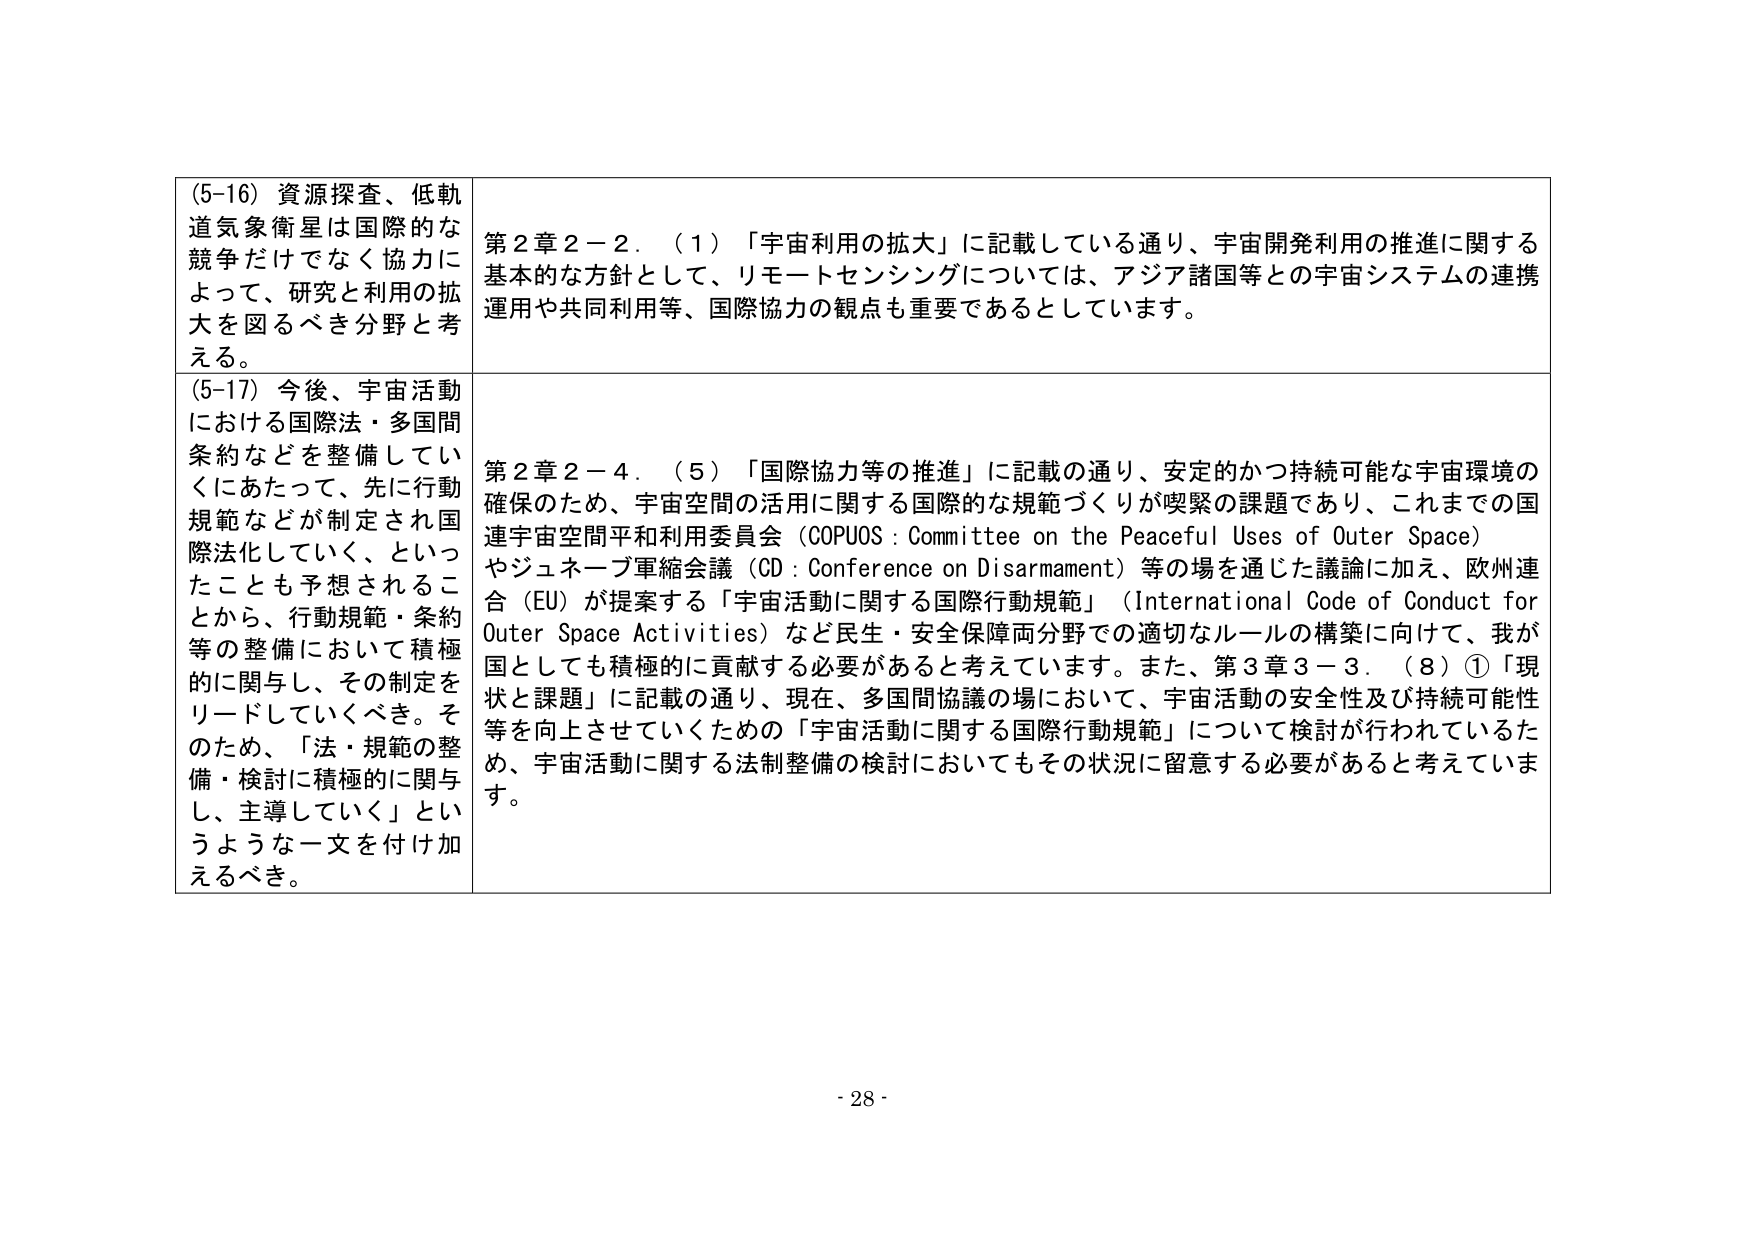
(5-16) 資源探査、低軌道気象衛星は国際的な競争だけでなく協力によって、研究と利用の拡大を図るべき分野と考える。

(5-17) 今後、宇宙活動における国際法・多国間条約などを整備していくにあたって、先に行動規範などが制定され国際法化していく、といったことも予想されることから、行動規範・条約等の整備において積極的に関与し、その制定をリードしていくべき。そのため、「法・規範の整備・検討に積極的に関与し、主導していく」というような一文を付け加えるべき。

第2章2－2．（1）「宇宙利用の拡大」に記載している通り、宇宙開発利用の推進に関する基本的な方針として、リモートセンシングについては、アジア諸国等との宇宙システムの連携運用や共同利用等、国際協力の観点も重要であるとしています。

第2章2－4．（5）「国際協力等の推進」に記載の通り、安定的かつ持続可能な宇宙環境の確保のため、宇宙空間の活用に関する国際的な規範づくりが喫緊の課題であり、これまでの国連宇宙空間平和利用委員会（COPUOS：Committee on the Peaceful Uses of Outer Space）やジュネーブ軍縮会議（CD：Conference on Disarmament）等の場を通じた議論に加え、欧州連合（EU）が提案する「宇宙活動に関する国際行動規範」（International Code of Conduct for Outer Space Activities）など民生・安全保障両分野での適切なルールの構築に向けて、我が国としても積極的に貢献する必要があると考えています。また、第3章3－3．（8）①「現状と課題」に記載の通り、現在、多国間協議の場において、宇宙活動の安全性及び持続可能性等を向上させていくための「宇宙活動に関する国際行動規範」について検討が行われているため、宇宙活動に関する法制整備の検討においてもその状況に留意する必要があると考えています。

- 28 -